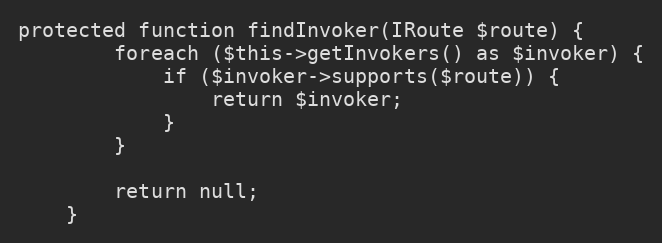
Language: PHP
protected function findInvoker(IRoute $route) {
        foreach ($this->getInvokers() as $invoker) {
            if ($invoker->supports($route)) {
                return $invoker;
            }
        }

        return null;
    }